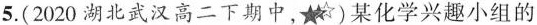
5. (2020 湖北武汉高二下期中， )某化学兴趣小组的